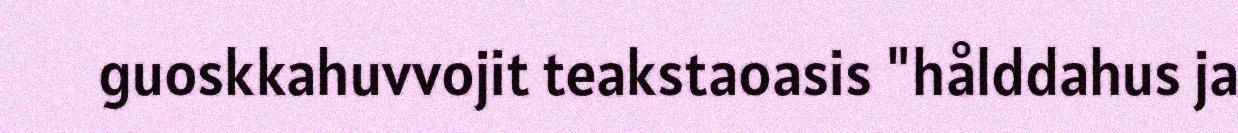
guoskkahuvvojit teakstaoasis "hålddahus ja